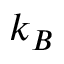
k _ { B }